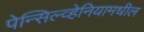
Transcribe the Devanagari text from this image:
पेन्सिल्व्हेनियामधील